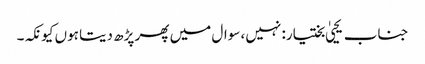
جناب یحییٰ بختیار: نہیں، سوال میں پھر پڑھ دیتا ہوں کیونکہ۔